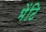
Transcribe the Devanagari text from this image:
भेंटि